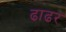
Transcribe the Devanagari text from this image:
ढाढर